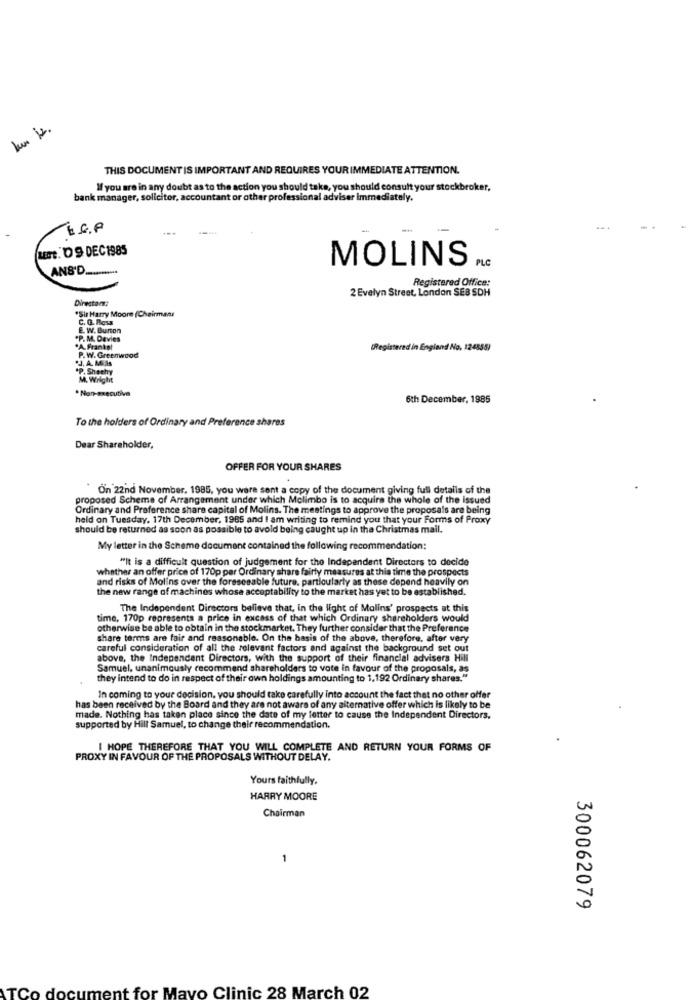
THIS DOCUMENT IS IMPORTANT AND REQUIRES YOUR IMMEDIATE ATTENTION.
If you are in any doubt as to the action you should take, you should consult your stockbroker,
bank manager, solicitor, accountant or other professional adviser Immediately.
LEGt. D9 DEC1985
MOLINS
PLC
ANS'D .........
Registered Office:
2 Evelyn Street, London SEB SDH
Director:
"Sir Harry Moore (Chairmanr
C. G. Ros
E. W. Burton
.P. M. Davies
.A. Frankat
P. W. Greenwood
(Registered in England No, 124855)
J. A. MUHs
P. Shachy
M. Wright
. Non-executive
6th December, 1985
To the holders of Ordinary and Preference shares
Dear Shareholder,
OFFER FOR YOUR SHARES
On 22nd November, 1985, you were sent a copy of the document giving full details of the
proposed Scheme of Arrangement under which Molimbo is to acquire the whole of the Issued
Ordinary and Preference share capital of Molins. The meetings to approve the proposals are being
held on Tuesday. 17th December, 1985 and I am writing to remind you that your Forms of Proxy
should be returned as soon as possible to avoid being caught up in the Christmas mail.
My letter in the Scheme document contained the following recommendation:
"It is a difficult question of judgement for the Independent Directors to decide
whether an offer price of 170p per Ordinary share fairly measures at this time the prospects
and risks of Molins over the foreseeable future. particularly as these depend heavily on
the new range of machines whose acceptability to the market has yet to be established.
The Independent Directors believe that, in the light of Molins' prospects at this
time, 170p represents a price in excess of that which Ordinary shareholders would
otherwise be able to obtain in the stockmarket. They further consider that the Preference
share terms are fair and reasonable. On the basis of the above, therefore, after very
careful consideration of all the relevant factors and against the background set out
above, the Independent Directors, with the support of their financial advisers Hill
Samuel, unanimously recommend shareholders to vote in favour of the proposals, as
they intend to do in respect of their own holdings amounting to 1.192 Ordinary shares."
In coming to your decision, you should take carefully into account the fact that no other offer
has been received by the Board and they are not aware of any alternative offer which is likely to be
made. Nothing has taken place since the date of my letter to cause the Independent Directors.
supported by Hill Samuel, to change their recommendation.
I HOPE THEREFORE THAT YOU WILL COMPLETE AND RETURN YOUR FORMS OF
PROXY IN FAVOUR OF THE PROPOSALS WITHOUT DELAY.
Yours faithfully.
HARRY MOORE
Chairman
300062079
ment for Mayo Clinic 28 March 02
TCo
docu